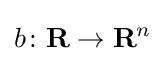
b\colon \mathbf {R} \to \mathbf {R} ^{n}